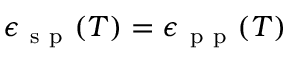
\epsilon _ { \mathrm { ~ s ~ p ~ } } ( T ) = \epsilon _ { \mathrm { ~ p ~ p ~ } } ( T )